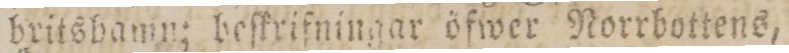
britshamn; beſkrifningar öfwer Norrbottens,